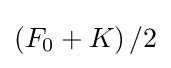
\left(F_{0}+K\right)/2